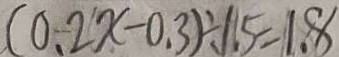
( 0 . 2 x - 0 . 3 ) \div 1 . 5 = 1 . 8